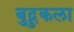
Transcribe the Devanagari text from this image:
बुद्रुकला